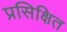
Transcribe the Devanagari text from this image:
प्रसिक्षित